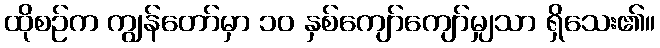
ထိုစဉ်က ကျွန်တော်မှာ ၁၀ နှစ်ကျော်ကျော်မျှသာ ရှိသေး၏။